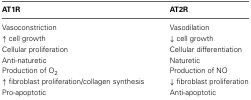
<table><thead><tr><td><b>AT1R</b></td><td><b>AT2R</b></td></tr></thead><tbody><tr><td>Vasoconstriction</td><td>Vasodilation</td></tr><tr><td>↑ cell growth</td><td>↓ cell growth</td></tr><tr><td>Cellular proliferation</td><td>Cellular differentiation</td></tr><tr><td>Anti-naturetic</td><td>Naturetic</td></tr><tr><td>Production of O<sub>2</sub></td><td>Production of NO</td></tr><tr><td>↑ fibroblast proliferation/collagen synthesis</td><td>↓ fibroblast proliferation</td></tr><tr><td>Pro-apoptotic</td><td>Anti-apoptotic</td></tr></tbody></table>